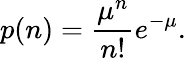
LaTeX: p(n)=\frac{\mu^{n}}{n!}e^{-\mu}.